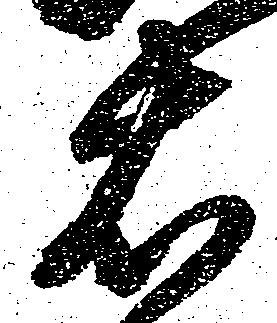
右